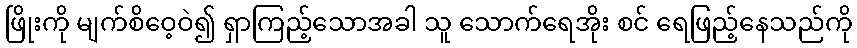
ဖြိုးကို မျက်စိဝေ့ဝဲ၍ ရှာကြည့်သောအခါ သူ သောက်ရေအိုး စင် ရေဖြည့်နေသည်ကို